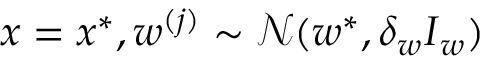
\boldsymbol { x } = \boldsymbol { x } ^ { * } , \boldsymbol { w } ^ { ( j ) } \sim \mathcal { N } ( \boldsymbol { w } ^ { * } , \delta _ { w } \boldsymbol { I } _ { w } )